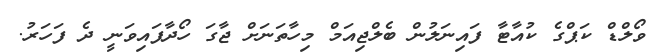
ވޯލްޑް ކަޕްގެ ކުއާޓާ ފައިނަލުން ބެލްޖިއަމް މިހާތަނަށް ޖާގަ ހޯދާފައިވަނީ ދެ ފަހަރު.